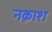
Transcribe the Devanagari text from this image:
नक़ाश